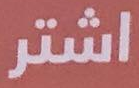
اشتر